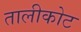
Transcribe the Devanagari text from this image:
तालीकोट